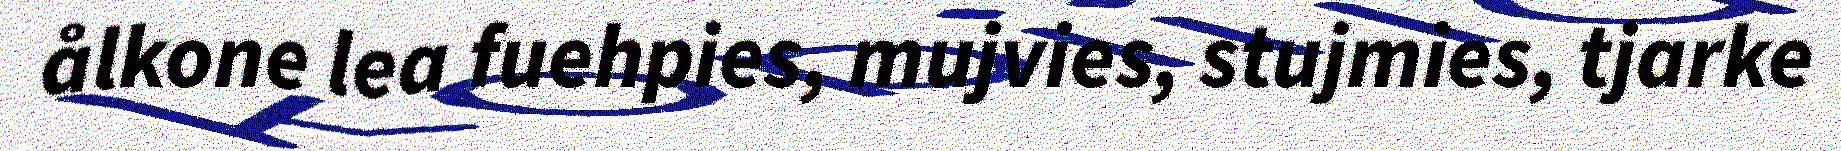
ålkone lea fuehpies, mujvies, stujmies, tjarke